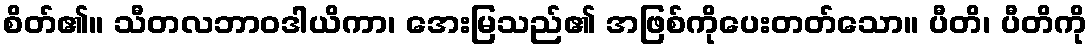
စိတ်၏။ သီတလဘာဝဒါယိကာ၊ အေးမြသည်၏ အဖြစ်ကိုပေးတတ်သော။ ပီတိ၊ ပီတိကို